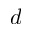
d